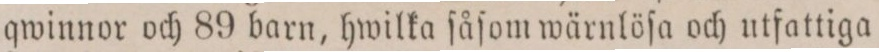
qwinnor och 89 barn, hwilka ſåſom wärnlöſa och utfattiga